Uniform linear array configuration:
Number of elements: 24
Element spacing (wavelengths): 0.25
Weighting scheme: exponential
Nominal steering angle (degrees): -30
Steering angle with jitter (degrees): -29.279
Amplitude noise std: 0.05
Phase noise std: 0.05

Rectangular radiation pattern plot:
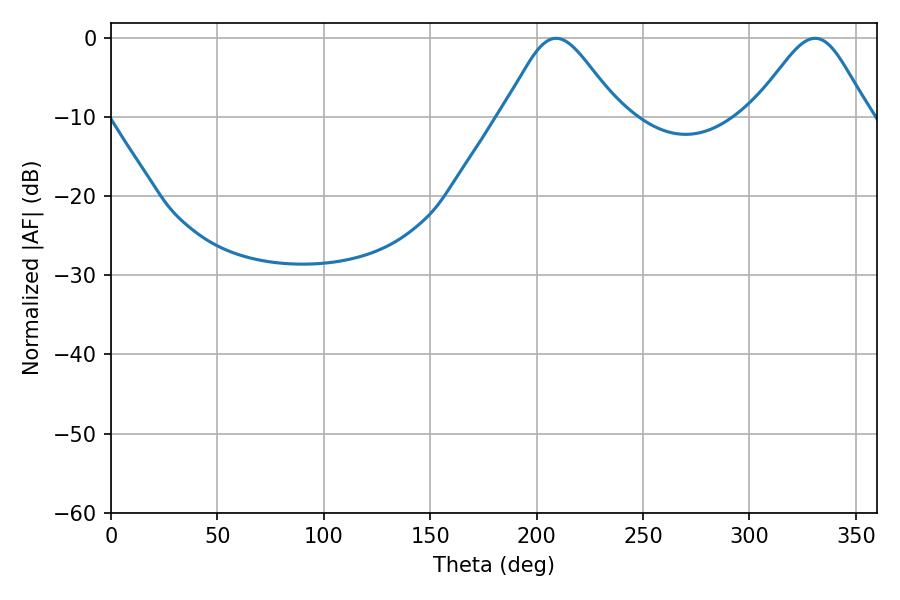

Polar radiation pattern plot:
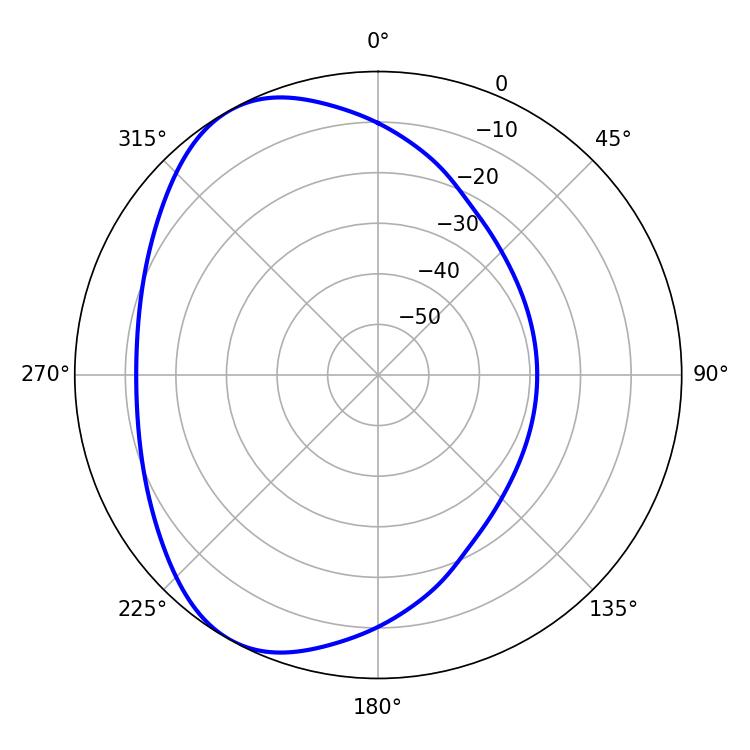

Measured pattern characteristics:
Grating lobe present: FALSE
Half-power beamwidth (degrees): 27
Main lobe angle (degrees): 209.16